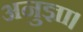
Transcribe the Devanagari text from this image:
अनुज्ञा।